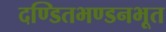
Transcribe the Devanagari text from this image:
दण्डितभण्डनभूत